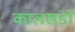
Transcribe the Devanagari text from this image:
कालखंडो